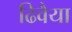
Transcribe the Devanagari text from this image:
ढिवैया